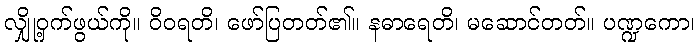
လျှို့ဝှက်ဖွယ်ကို။ ဝိဝရတိ၊ ဖော်ပြတတ်၏။ နဓာရေတိ၊ မဆောင်တတ်။ ပဏ္ဍကော၊